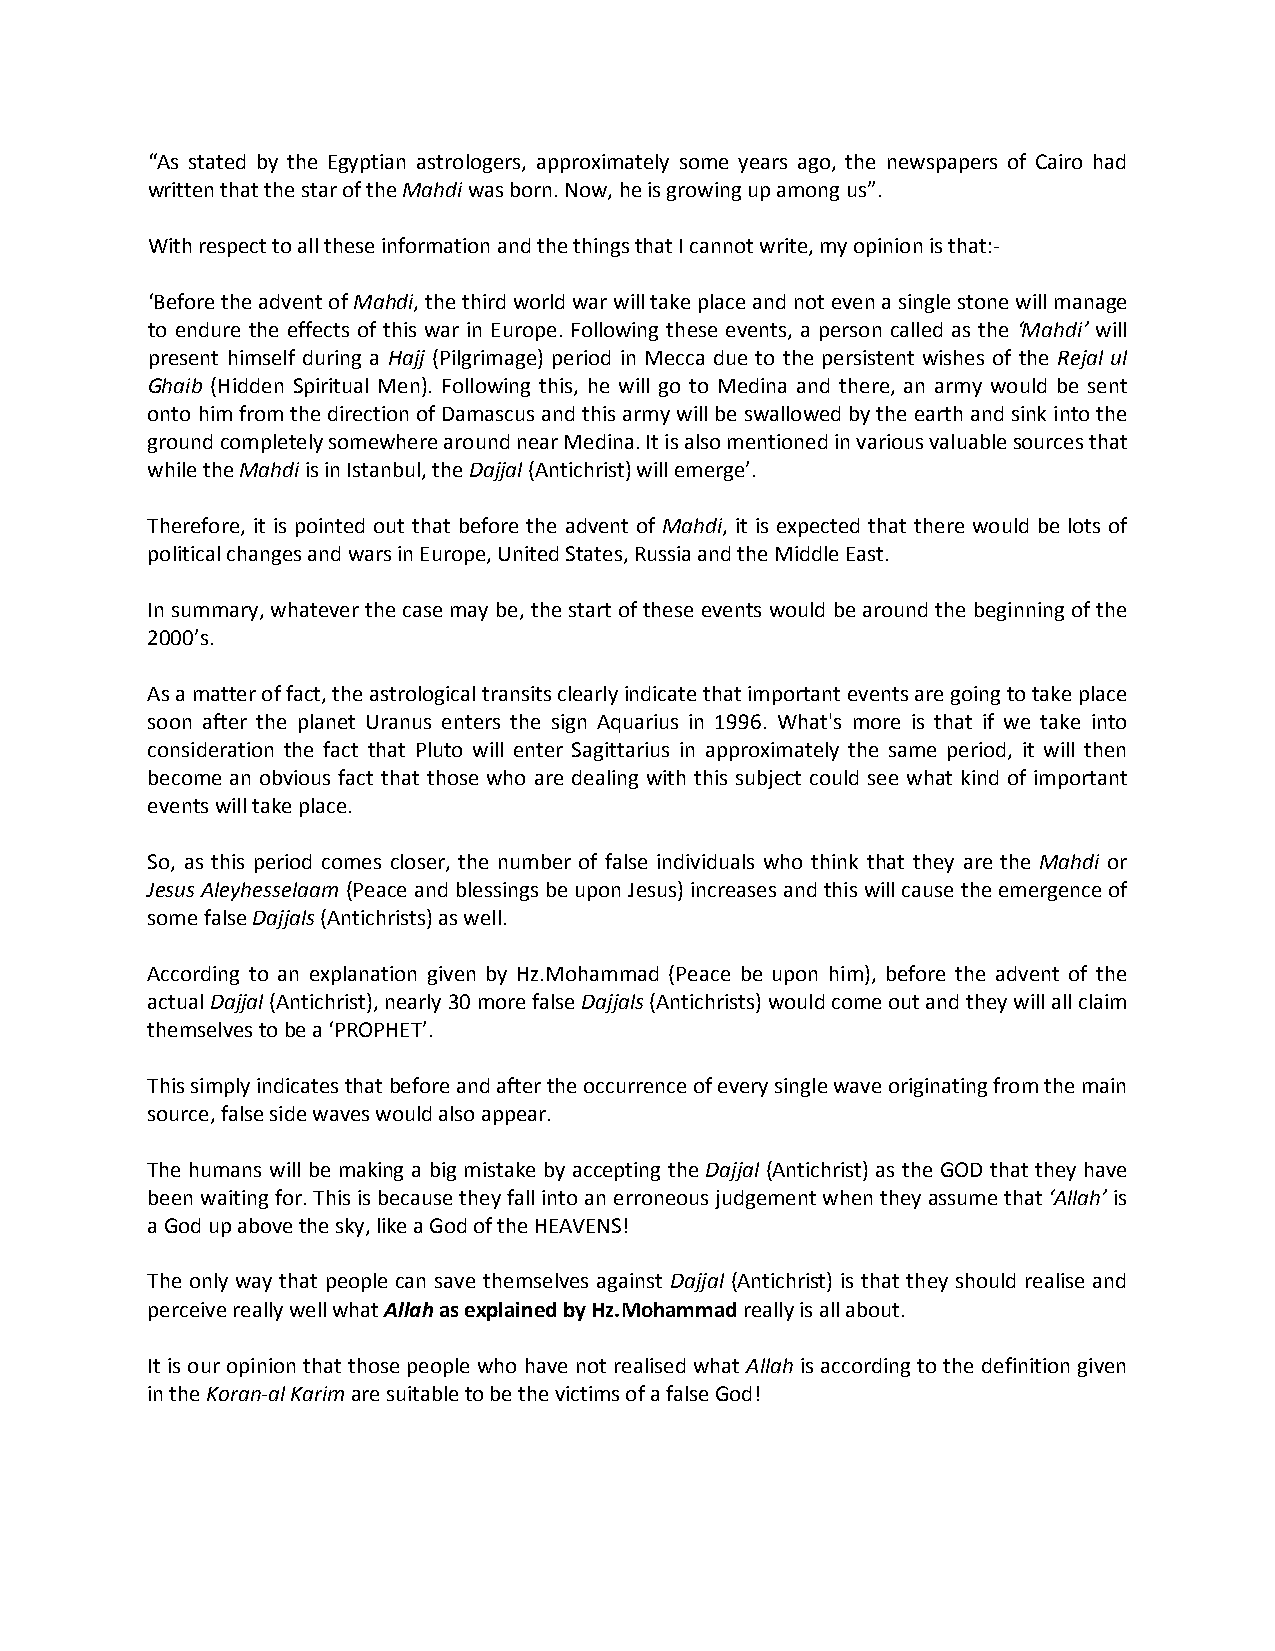
“As stated by the Egyptian astrologers, approximately some years ago, the newspapers of Cairo had
 written that the star of the Mahdi was born. Now, he is growing up among us”.
 With respect to all these information and the things that I cannot write, my opinion is that:-
 ‘Before the advent of Mahdi, the third world war will take place and not even a single stone will manage
 to endure the effects of this war in Europe. Following these events, a person called as the ‘Mahdi’ will
 present himself during a Hajj (Pilgrimage) period in Mecca due to the persistent wishes of the Rejal ul
 Ghaib (Hidden Spiritual Men). Following this, he will go to Medina and there, an army would be sent
 onto him from the direction of Damascus and this army will be swallowed by the earth and sink into the
 ground completely somewhere around near Medina. It is also mentioned in various valuable sources that
 while the Mahdi is in Istanbul, the Dajjal (Antichrist) will emerge’.
 Therefore, it is pointed out that before the advent of Mahdi, it is expected that there would be lots of
 political changes and wars in Europe, United States, Russia and the Middle East.
 In summary, whatever the case may be, the start of these events would be around the beginning of the
 2000’s.
 As a matter of fact, the astrological transits clearly indicate that important events are going to take place
 soon after the planet Uranus enters the sign Aquarius in 1996. What's more is that if we take into
 consideration the fact that Pluto will enter Sagittarius in approximately the same period, it will then
 become an obvious fact that those who are dealing with this subject could see what kind of important
 events will take place.
 So, as this period comes closer, the number of false individuals who think that they are the Mahdi or
 Jesus Aleyhesselaam (Peace and blessings be upon Jesus) increases and this will cause the emergence of
 some false Dajjals (Antichrists) as well.
 According to an explanation given by Hz.Mohammad (Peace be upon him), before the advent of the
 actual Dajjal (Antichrist), nearly 30 more false Dajjals (Antichrists) would come out and they will all claim
 themselves to be a ‘PROPHET’.
 This simply indicates that before and after the occurrence of every single wave originating from the main
 source, false side waves would also appear.
 The humans will be making a big mistake by accepting the Dajjal (Antichrist) as the GOD that they have
 been waiting for. This is because they fall into an erroneous judgement when they assume that ‘Allah’ is
 a God up above the sky, like a God of the HEAVENS!
 The only way that people can save themselves against Dajjal (Antichrist) is that they should realise and
 perceive really well what Allah as explained by Hz.Mohammad really is all about.
 It is our opinion that those people who have not realised what Allah is according to the definition given
 in the Koran-al Karim are suitable to be the victims of a false God!